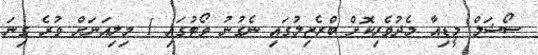
ސޯޝަލް މީޑިއާ މެދުވެރިކޮށް ބްރެޒިލުގައި ނެގުނު ވޯޓުގައި 1 މިލިއަނަށް ވުރެ ގިނަ